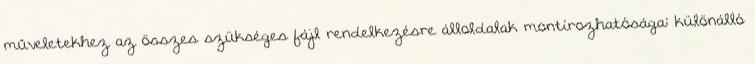
műveletekhez az összes szükséges fájl rendelkezésre álloldalak montírozhatósága: különálló